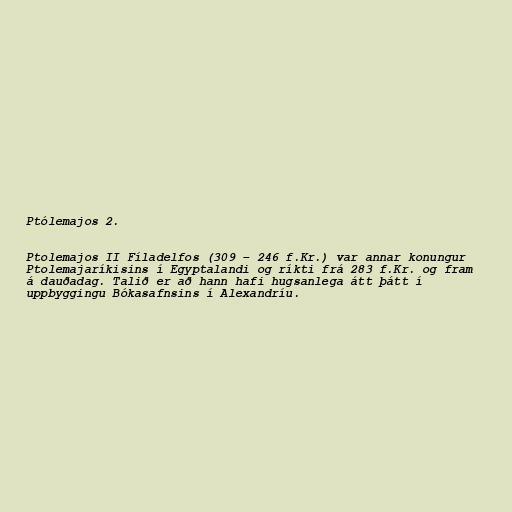
Ptólemajos 2.

Ptolemajos II Fíladelfos (309 – 246 f.Kr.) var annar konungur
Ptolemajaríkisins í Egyptalandi og ríkti frá 283 f.Kr. og fram
á dauðadag. Talið er að hann hafi hugsanlega átt þátt í
uppbyggingu Bókasafnsins í Alexandríu.